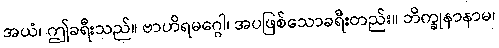
အယံ၊ ဤခရီးသည်။ ဗာဟိရမဂ္ဂေါ၊ အပဖြစ်သောခရီးတည်း။ ဘိက္ခုနာနာမ၊